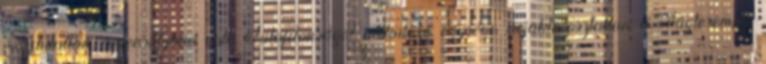
mozdulatlan egyensúlyban volt. Tulajdonságot nélkülöző egysége avjakta=osztatlan a világteremtés